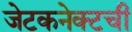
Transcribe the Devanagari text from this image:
जेटकनेक्टची